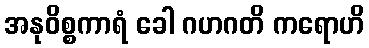
အနုဝိစ္စကာရံ ခေါ ဂဟဂတိ ကရောဟိ